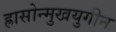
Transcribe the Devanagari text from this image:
ह्रासोन्मुखयुगीन